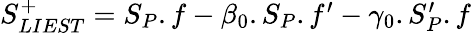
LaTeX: \begin{array}{r}{S_{LIEST}^{+}=S_{P}.f-\beta_{0}.S_{P}.f^{\prime}-\gamma_{0}.S_{P}^{\prime}.f}\end{array}